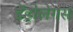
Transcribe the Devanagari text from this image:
डेंड्रोलेगस